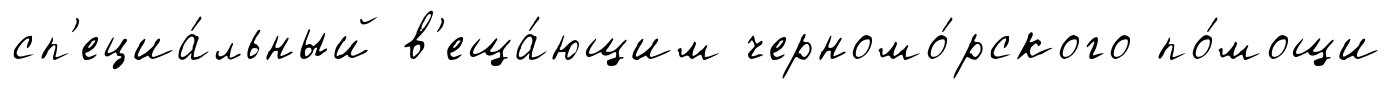
сп'ециа́льный в'еща́ющим черномо́рского по́мощи